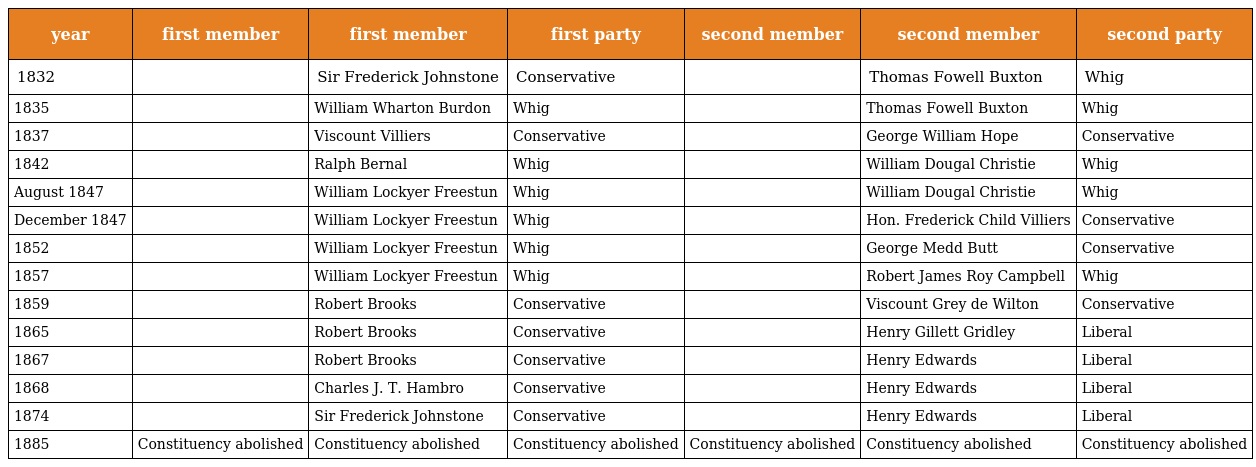
| year | first member | first member | first party | second member | second member | second party |
 | --- | --- | --- | --- | --- | --- | --- |
 | 1832 |  | Sir Frederick Johnstone | Conservative |  | Thomas Fowell Buxton | Whig |
 | 1835 |  | William Wharton Burdon | Whig |  | Thomas Fowell Buxton | Whig |
 | 1837 |  | Viscount Villiers | Conservative |  | George William Hope | Conservative |
 | 1842 |  | Ralph Bernal | Whig |  | William Dougal Christie | Whig |
 | August 1847 |  | William Lockyer Freestun | Whig |  | William Dougal Christie | Whig |
 | December 1847 |  | William Lockyer Freestun | Whig |  | Hon. Frederick Child Villiers | Conservative |
 | 1852 |  | William Lockyer Freestun | Whig |  | George Medd Butt | Conservative |
 | 1857 |  | William Lockyer Freestun | Whig |  | Robert James Roy Campbell | Whig |
 | 1859 |  | Robert Brooks | Conservative |  | Viscount Grey de Wilton | Conservative |
 | 1865 |  | Robert Brooks | Conservative |  | Henry Gillett Gridley | Liberal |
 | 1867 |  | Robert Brooks | Conservative |  | Henry Edwards | Liberal |
 | 1868 |  | Charles J. T. Hambro | Conservative |  | Henry Edwards | Liberal |
 | 1874 |  | Sir Frederick Johnstone | Conservative |  | Henry Edwards | Liberal |
 | 1885 | Constituency abolished | Constituency abolished | Constituency abolished | Constituency abolished | Constituency abolished | Constituency abolished |